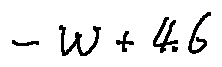
- w + 4 . 6